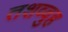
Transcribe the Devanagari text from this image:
तशव्वुह